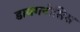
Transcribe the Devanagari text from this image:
डायगनोसिस